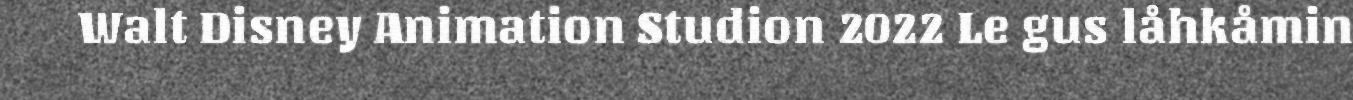
Walt Disney Animation Studion 2022 Le gus låhkåmin